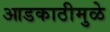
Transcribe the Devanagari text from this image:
आडकाठीमुळे